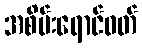
အစိမ်းရောင်ဝတ်